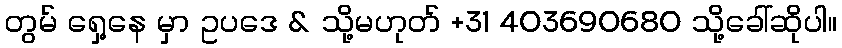
တွမ် ရှေ့နေ မှာ ဥပဒေ & သို့မဟုတ် +31 403690680 သို့ခေါ်ဆိုပါ။